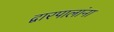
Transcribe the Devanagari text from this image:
द्वारपालांना